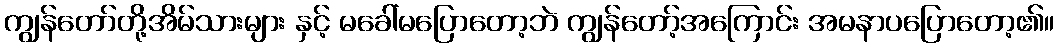
ကျွန်တော်တို့အိမ်သားများ နှင့် မခေါ်မပြောတော့ဘဲ ကျွန်တော့်အကြောင်း အမနာပပြောတော့၏။